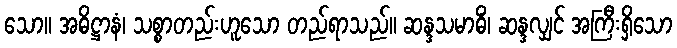
သော။ အဓိဋ္ဌာနံ၊ သစ္စာတည်းဟူသော တည်ရာသည်။ ဆန္ဒသမာဓိံ၊ ဆန္ဒလျှင် အကြီးရှိသော